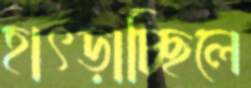
হাৎড়াচ্ছিলে